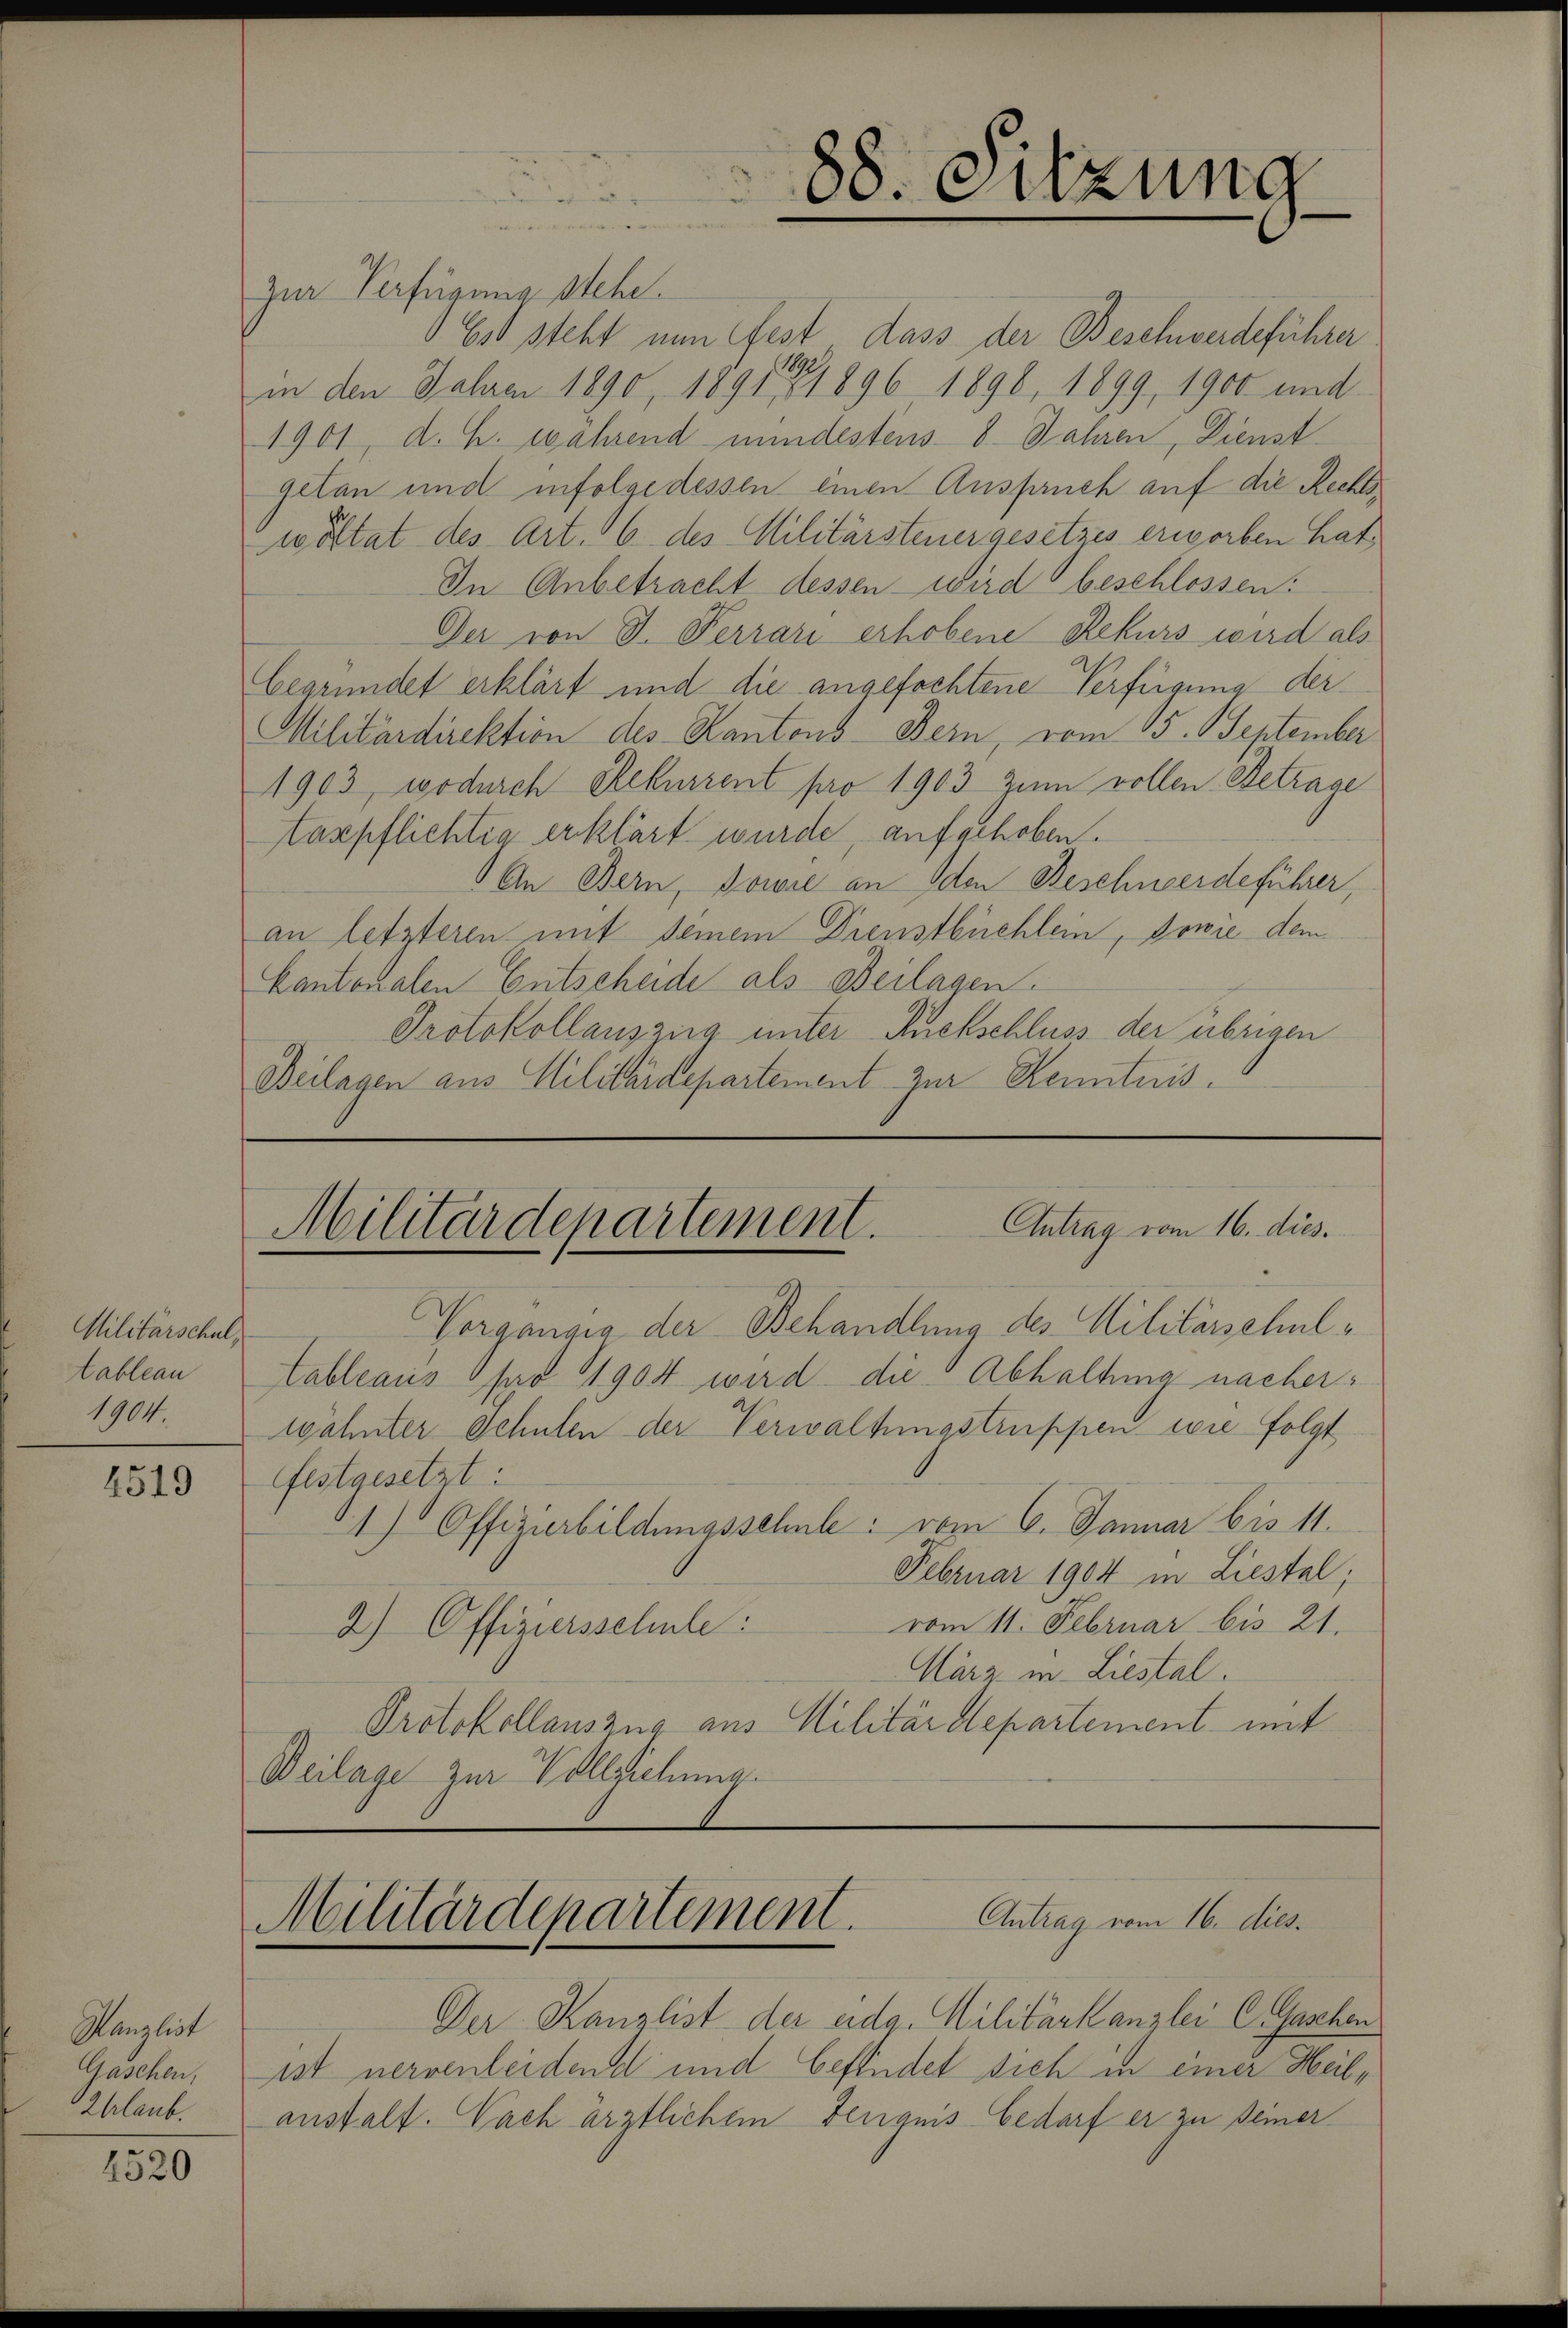
Militärschul
tableau
1904.

4519

Kanzlich
Gaschen,
Zhrlaub.

4520

zur Verfügung stehe.
1 Es steht nun Fest dass der Beschwerdeführer
in den Jahre 1890, 1891 1896 1890, 1899, 1900 und
1901, d. h. wahrend mindestens 8 Jahren, Dienst
getan und infolge dessen einen Anspruch auf die Rechtswöltat des Art. 16 des Militärsteuer gesetzes erworben hat,
In Anbetracht dessen wird beschlossen:
Der von J. Ferrari erhobene Rekurs wird als
Cegründet erklärt und die angefochtene Verfügung der
Militärdirektion des Kantons-Bern, vom 15. September
1903, wodurch Rekurrent pro 1903 zum vollen. Betrage
taspflichtig erklärt wurde, aufgehoben.
An Bern, sowie an den Beschwerdeführer,
an letzteren mit deinem Dienstbüchlein, sowie dem
Kantonalen Entscheide als Beilagen.
Protokollauszung unter Ruckschluss der übrigen
Beilagen aus Militärdepartement zur Kenntnis.

Vorgangia der Behandlung des Militärschultableaus pro 1904 wird die Abhaltung nacherwähnter Schulen der Verwaltungstruppen wie folgt
festgesetzt:
1) Offizierbildungsschule: vom 6. Januar bis 11.
Februar 1904 in Liestel;
vom 11. Februar bis 21.
2) Offiziersschule:
März in Liestal.
Protokollauszug aus Militärdepartement mit
Beilage zur Vollziehung.

88. Sitzung

Antrag vom 16. dies.
Militärdepartement.

Antrag vom 16. dies.
Militärdepartement.

Der Kanzlist der eidg. Militärkanzlei CGaschen
ist nervenleidend und befindet sich in einer Heilanstalt. Nach ärztlichem Fenquis bedarf er zu Deiner